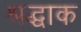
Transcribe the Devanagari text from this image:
श्रद्धाक